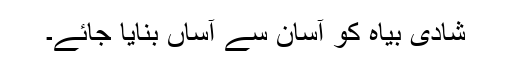
شادی بیاہ کو آسان سے آساں بنایا جائے۔